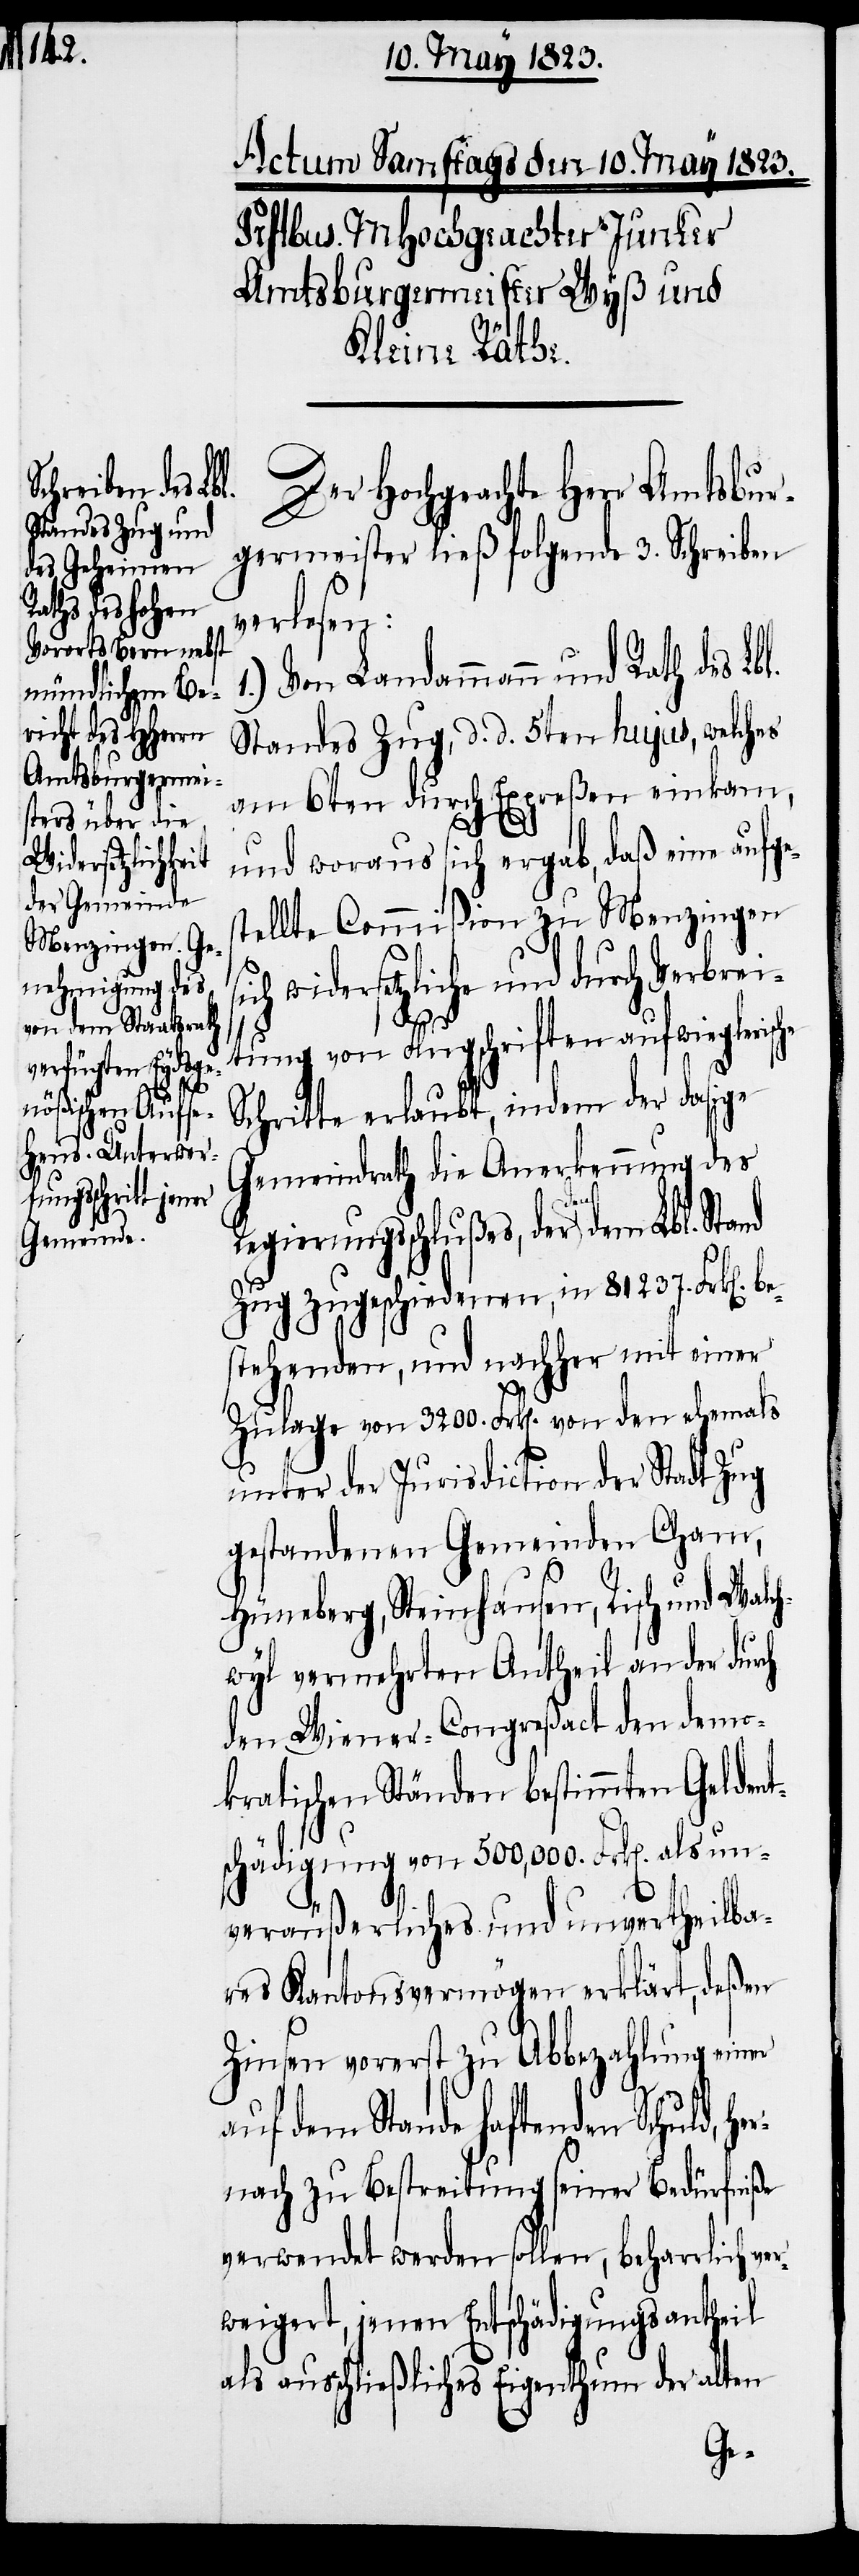
Der Hochgeachte Herr Amtsbur¬
germeister ließ folgende 3. Schreiben
verlesen:
1.) Von Landammann und Rath des Lbl.
Standes Zug, d. d. 5ten hujus, welches
am 6ten durch Expreßen einkam,
und woraus sich ergab, daß eine aufge¬
stellte Commißion zu Menzingen
widersetzliche und durch Verbrei¬
n].
tung von Flugschriften aufwieglerische
Schritte erlaubt, indem der dasige
Gemeindrath die Anerkennung des
Regierungsschlußes, der den dem
Zug zugeschiedenen, in 81237. Frk[e¬
stehenden, und nachher mit einer
Zulage von 3200. Frk[en]. von den ehemals
unter der Jurisdiction der Stadt Zug
gestandenen Gemeinden Cham,
Hüneberg, Steinhausen, Risch und Walc¬
hwyl vermehrten Antheil an der durch
den Wiener-Congreßact den demo¬
kratischen Ständen bestimmten Geldent¬
schädigung von 500,000. Frk[en]. als un¬
veräußerliches und unvertheilba¬
res Kantonsvermögen erklärt, deßen
Zinsen vorerst zu Abbezahlung einer
auf dem Stande haftenden Schuld, h¬
nach zu Bestreitung seiner Bedürfniße
verwendet werden sollen, beharrlich ve¬
rweigert, jenen Entschädigungsantheil
ausschließliches Eigenthum der alten
er¬